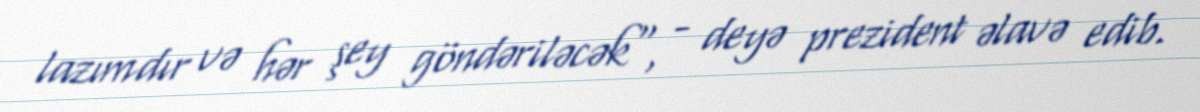
lazımdır və hər şey göndəriləcək", - deyə prezident əlavə edib.